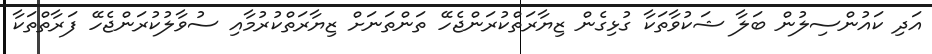
އަދި ކައުންސިލުން ބަލާ ޝަކުވާތަކާ ގުޅިގެން ޒިޔާރަތްކުރަންޖެހޭ ތަންތަނަށް ޒިޔާރަތްކުރުމާއި ސުވާލުކުރަންޖެހޭ ފަރާތްތަކާ